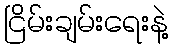
ငြိမ်းချမ်းရေးနဲ့